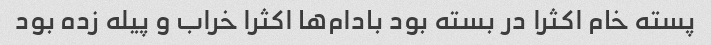
پسته خام اکثرا در بسته بود بادام‌ها اکثرا خراب و پیله زده بود